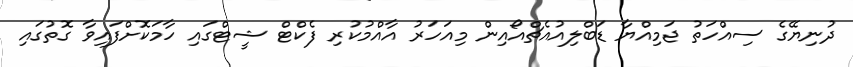
ދުނިޔޭގެ ސިއްހަތު ޖަމިއްޔާ ޑަބްލިއުއެޗްއޯއިން މިއަހަރު އާއްމުކުރި ފެކްޓް ޝީޓްގައި ހާމަކޮށްފައިވާ ގޮތުގައި